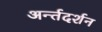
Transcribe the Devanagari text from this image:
अर्न्तदर्शन